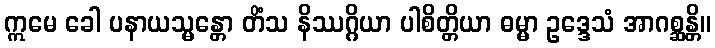
ဣမေ ခေါ ပနာယသ္မန္တော တိံသ နိဿဂ္ဂိယာ ပါစိတ္တိယာ ဓမ္မာ ဥဒ္ဒေသံ အာဂစ္ဆန္တိ။